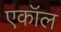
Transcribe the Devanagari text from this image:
एकॉल